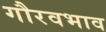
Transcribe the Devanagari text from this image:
गौरवभाव